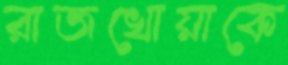
রাজখোয়াকে